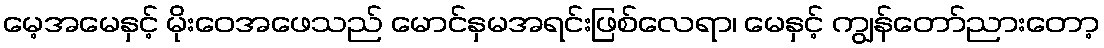
မေ့အမေနှင့် မိုးဝေအဖေသည် မောင်နှမအရင်းဖြစ်လေရာ၊ မေနှင့် ကျွန်တော်ညားတော့